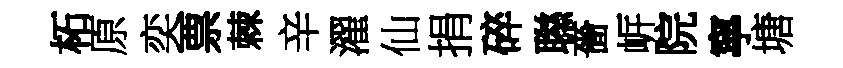
柘原奕票棘辛濯仙捐碎聮嗇㟁院寧塘